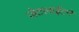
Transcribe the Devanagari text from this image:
जेटलाईटने